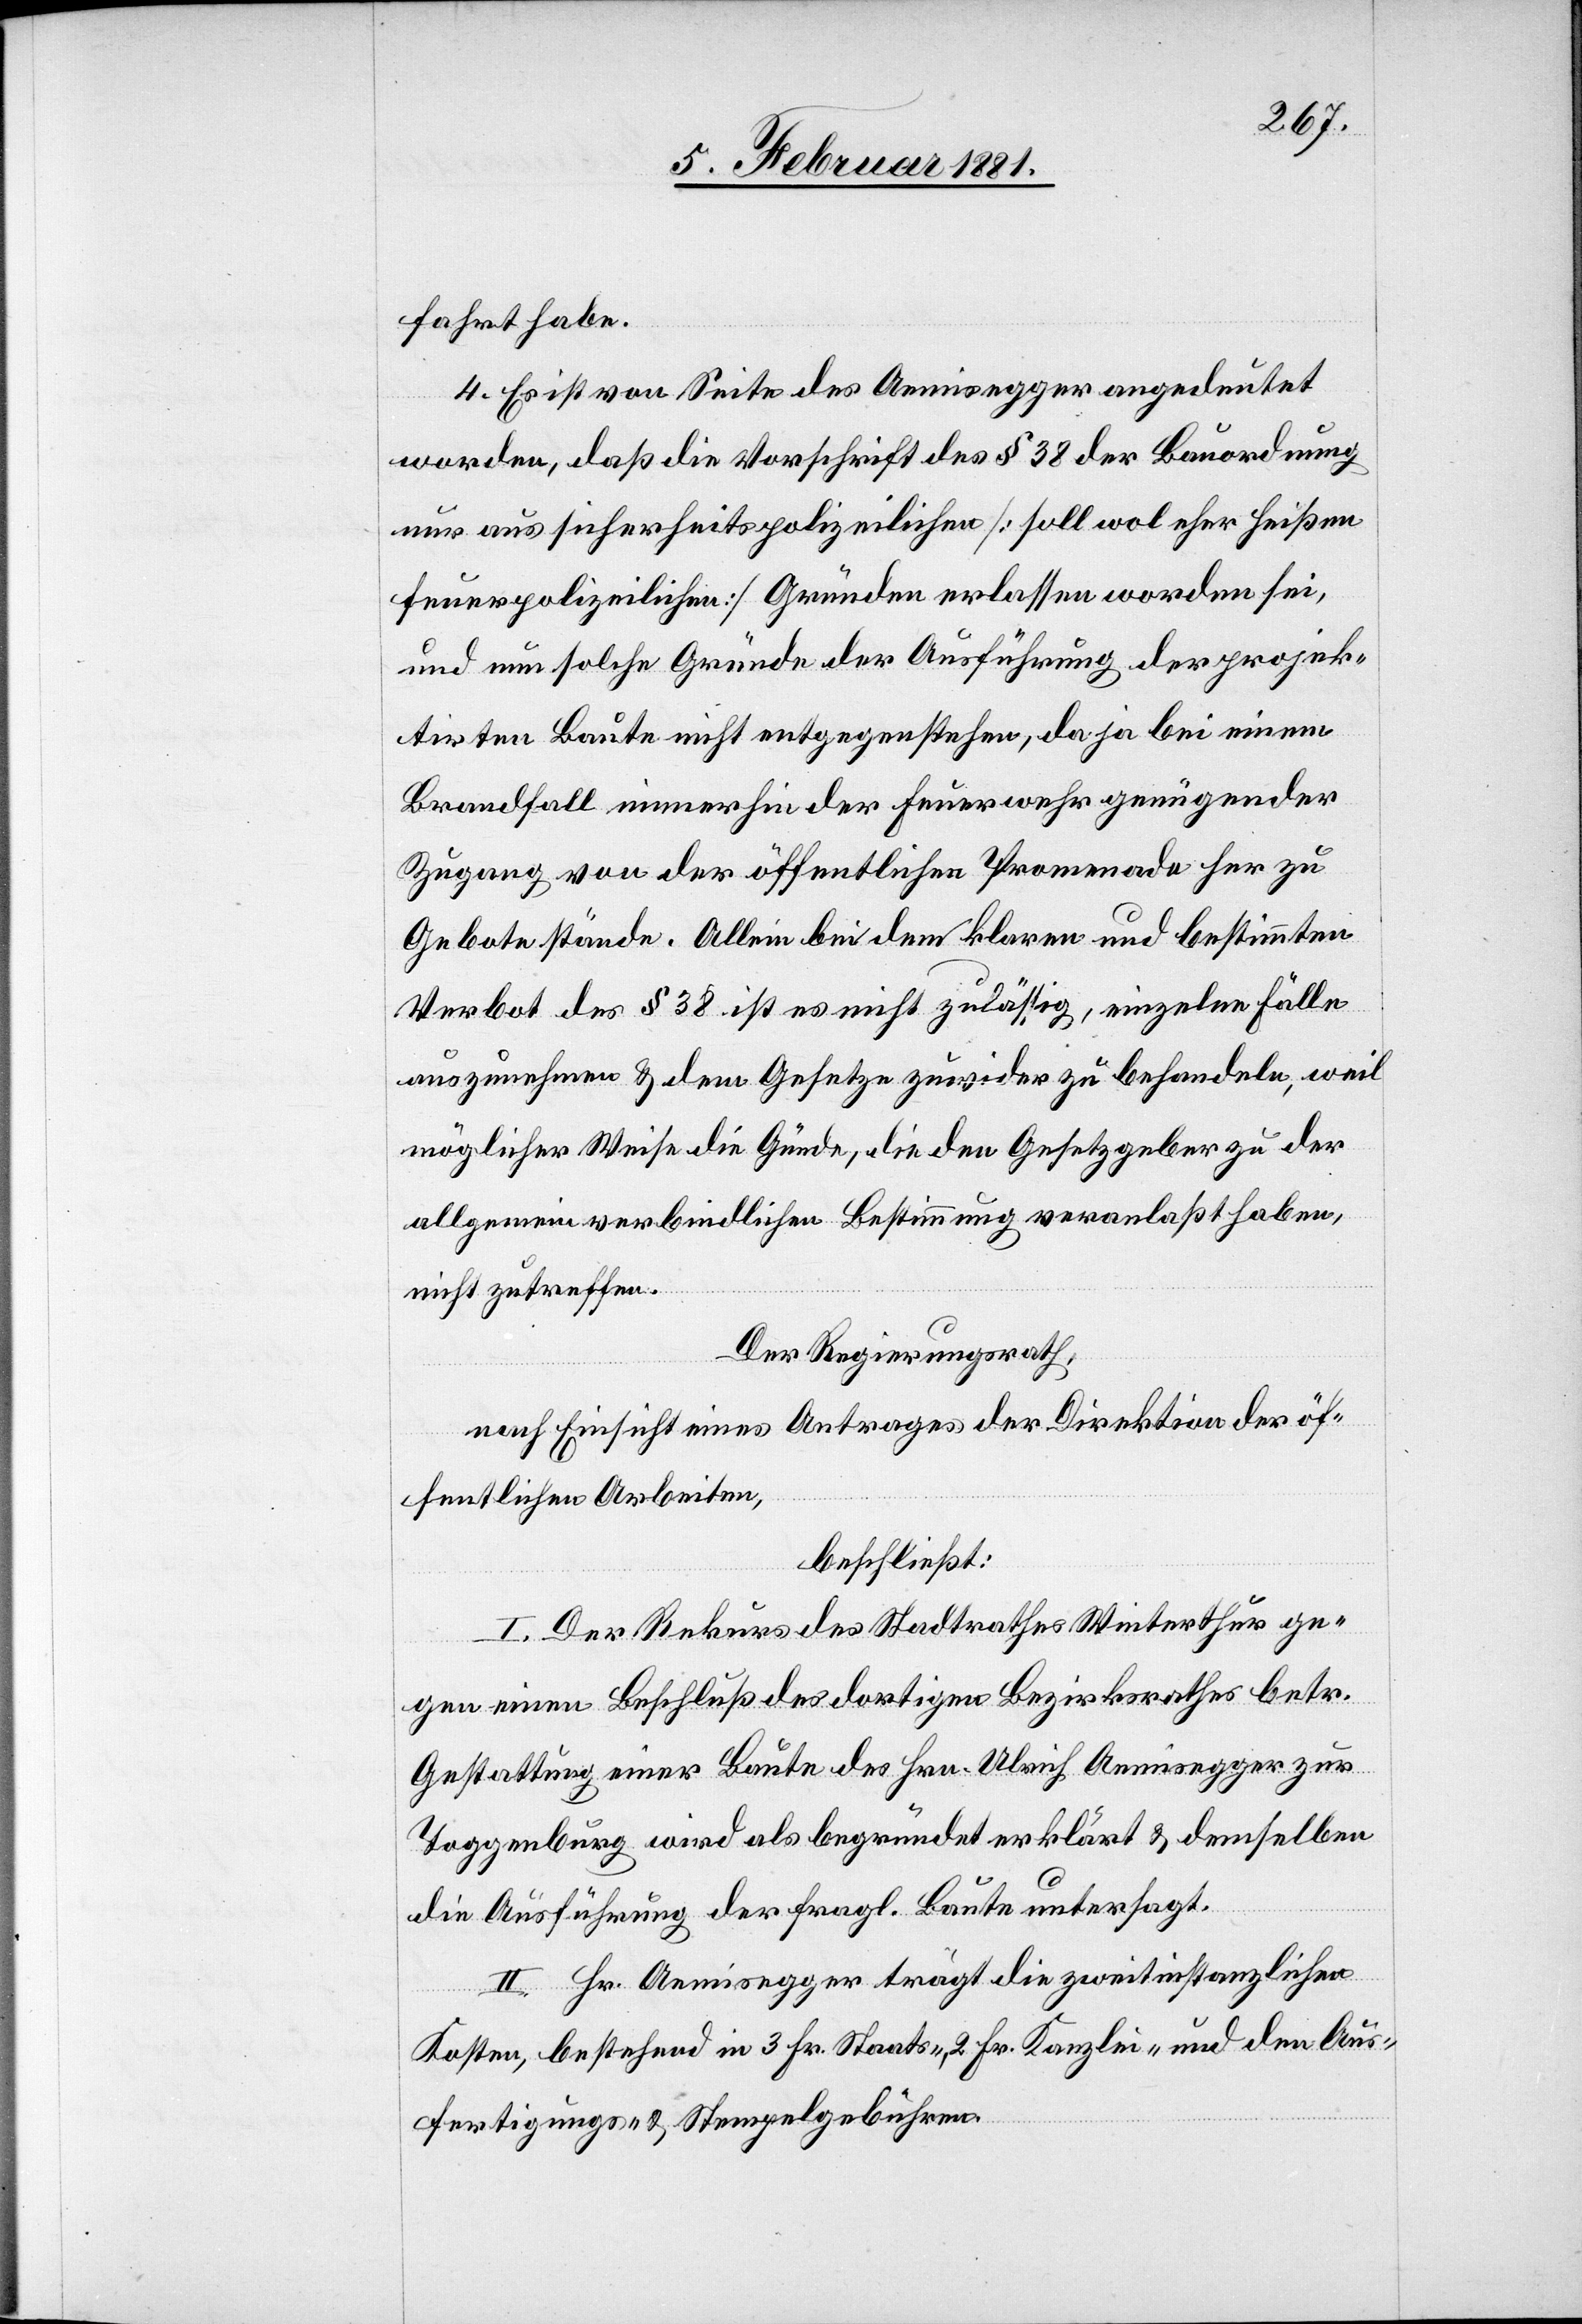
fahrt habe.
4. Es ist von Seite des Aemisegger angedeutet
worden, daß die Vorschrift des § 38 der Bauordnung
nur aus sicherheitspolizeilichen [soll wol eher heißen
feuerpolizeilichen] Gründen erlassen worden sei,
und nun solche Gründe der Ausführung der projek¬
tirten Baute nicht entgegenstehen, da ja bei einem
Brandfall immerhin der Feuerwehr genügender
Zugang von der öffentlichen Promenade her zu
Gebote stände. Allein bei dem klaren und bestimmten
Verbot des § 38 ist es nicht zulässig, einzelne Fälle
auszunehmen & dem Gesetze zuwider zu behandeln, weil
möglicher Weise die G[r]ünde, die den Gesetzgeber zu der
allgemein verbindlichen Bestimmung veranlaßt haben,
nicht zutreffen.
Der Regierungsrath,
nach Einsicht eines Antrages der Direktion der öf¬
fentlichen Arbeiten,
beschließt:
I. Der Rekurs des Stadtrathes Winterthur ge¬
gen einen Beschluß des dortigen Bezirksrathes betr.
Gestattung einer Baute des Hrn. Ulrich Aemisegger zur
Toggenburg wird als begründet erklärt & demselben
die Ausführung der fragl. Baute untersagt.
II. Hr. Aemisegger trägt die zweitinstanzlichen
Kosten, bestehend in 3. Fr. Staats-, 2 Fr- Kanzlei- und den Aus¬
fertigungs- & Stempelgebühren.